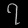
Digit: ၇